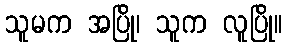
သူမက အပြို၊ သူက လူပြို။